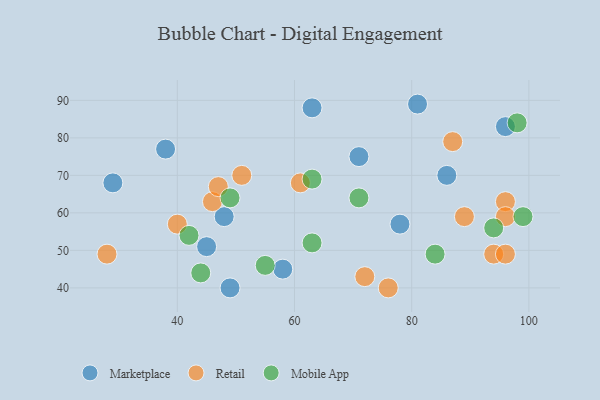
{"axis": {"x": "GDP", "y": "Life Expectancy"}, "legend": ["Marketplace", "Mobile App", "Retail"], "data": [{"x": "29", "y": 68, "type": "Marketplace"}, {"x": "96", "y": 83, "type": "Marketplace"}, {"x": "45", "y": 51, "type": "Marketplace"}, {"x": "58", "y": 45, "type": "Marketplace"}, {"x": "49", "y": 40, "type": "Marketplace"}, {"x": "38", "y": 77, "type": "Marketplace"}, {"x": "48", "y": 59, "type": "Marketplace"}, {"x": "81", "y": 89, "type": "Marketplace"}, {"x": "86", "y": 70, "type": "Marketplace"}, {"x": "63", "y": 88, "type": "Marketplace"}, {"x": "71", "y": 75, "type": "Marketplace"}, {"x": "78", "y": 57, "type": "Marketplace"}, {"x": "61", "y": 68, "type": "Retail"}, {"x": "94", "y": 49, "type": "Retail"}, {"x": "51", "y": 70, "type": "Retail"}, {"x": "89", "y": 59, "type": "Retail"}, {"x": "96", "y": 63, "type": "Retail"}, {"x": "46", "y": 63, "type": "Retail"}, {"x": "40", "y": 57, "type": "Retail"}, {"x": "47", "y": 67, "type": "Retail"}, {"x": "76", "y": 40, "type": "Retail"}, {"x": "72", "y": 43, "type": "Retail"}, {"x": "28", "y": 49, "type": "Retail"}, {"x": "87", "y": 79, "type": "Retail"}, {"x": "96", "y": 49, "type": "Retail"}, {"x": "96", "y": 59, "type": "Retail"}, {"x": "49", "y": 64, "type": "Mobile App"}, {"x": "63", "y": 52, "type": "Mobile App"}, {"x": "55", "y": 46, "type": "Mobile App"}, {"x": "63", "y": 69, "type": "Mobile App"}, {"x": "71", "y": 64, "type": "Mobile App"}, {"x": "99", "y": 59, "type": "Mobile App"}, {"x": "42", "y": 54, "type": "Mobile App"}, {"x": "94", "y": 56, "type": "Mobile App"}, {"x": "44", "y": 44, "type": "Mobile App"}, {"x": "84", "y": 49, "type": "Mobile App"}, {"x": "98", "y": 84, "type": "Mobile App"}]}